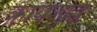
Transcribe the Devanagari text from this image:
कायशुद्धि